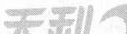
天利